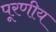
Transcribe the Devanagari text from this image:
पूरणीय